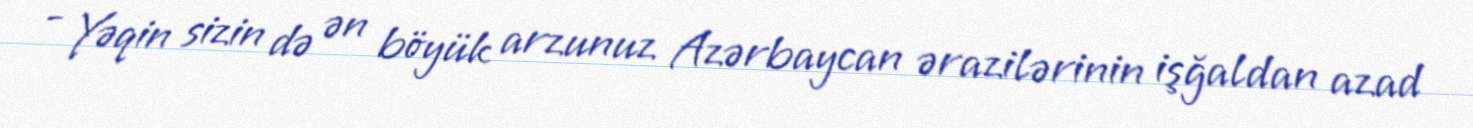
- Yəqin sizin də ən böyük arzunuz Azərbaycan ərazilərinin işğaldan azad